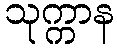
သုက္ကာန